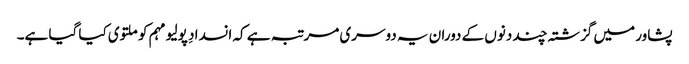
پشاور میں گزشتہ چند دنوں کے دوران یہ دوسری مرتبہ ہے کہ انسدادِ پولیو مہم کو ملتوی کیا گیا ہے۔